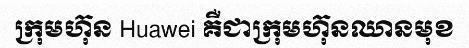
ក្រុមហ៊ុន Huawei គឺជាក្រុមហ៊ុនឈានមុខ